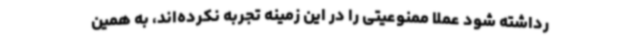
رداشته شود عملا ممنوعیتی را در این زمینه تجربه نکرده‌اند، به همین